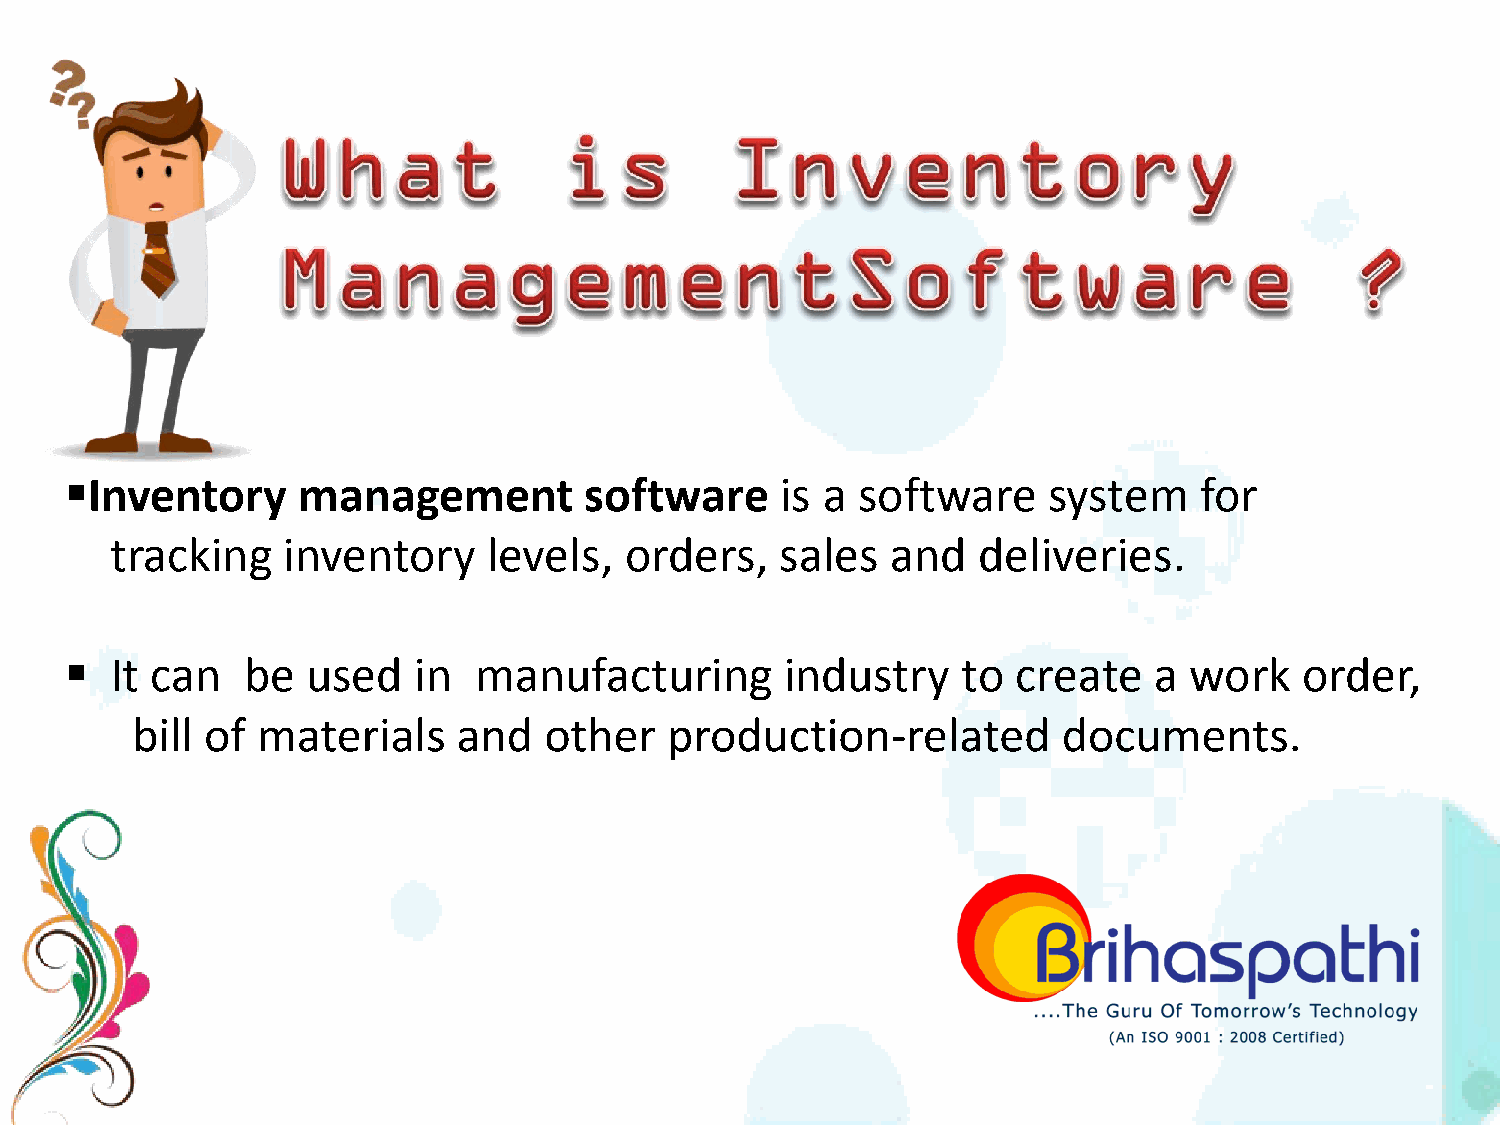
Inventory      management         software     is a software    system    for
 tracking    inventory    levels,  orders,    sales  and   deliveries.
   It can   be  used   in  manufacturing        industry    to create   a  work   order,
 bill of materials    and   other   production-related        documents.